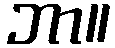
ဘာ။